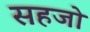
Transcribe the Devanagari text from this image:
सहजो